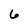
Character: 6